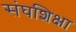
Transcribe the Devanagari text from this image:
संघशिक्षा